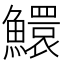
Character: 鱞